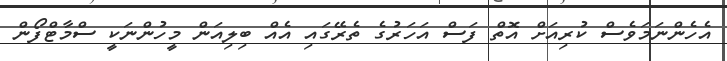
އެހެންނަމަވެސް ކުރިއަށް އޮތް ފަސް އަހަރުގެ ތެރޭގައި އެއް ބިލިއަން މީހުންނަކީ ސްމާޓްފޯން